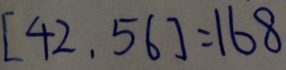
[ 4 2 , 5 6 ] = 1 6 8